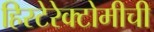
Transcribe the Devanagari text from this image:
हिस्टेरेक्टोमीची